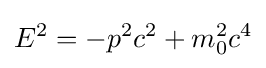
E^{2}=-p^{2}c^{2}+m_{0}^{2}c^{4}